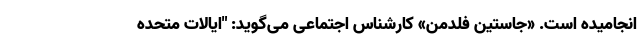
انجامیده است. «جاستین فلدمن» کارشناس اجتماعی می‌گوید: "ایالات متحده